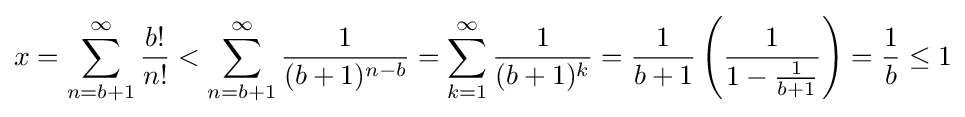
x=\sum _{n=b+1}^{\infty }{\frac {b!}{n!}}<\sum _{n=b+1}^{\infty }{\frac {1}{(b+1)^{n-b}}}=\sum _{k=1}^{\infty }{\frac {1}{(b+1)^{k}}}={\frac {1}{b+1}}\left({\frac {1}{1-{\frac {1}{b+1}}}}\right)={\frac {1}{b}}\leq 1